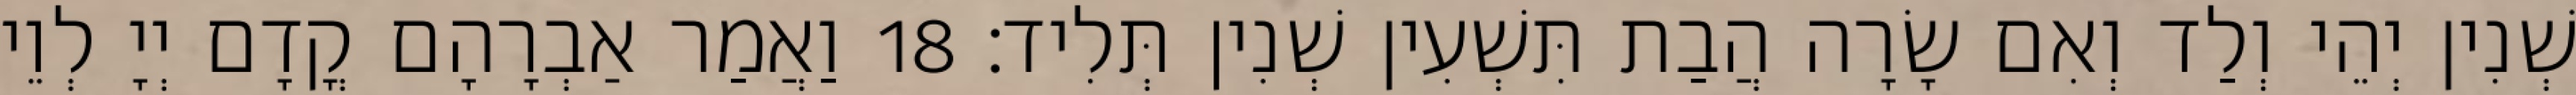
שְׁנִין יְהֵי וְלַד וְאִם שָׂרָה הֲבַת תִּשְׁעִין שְׁנִין תְּלִיד׃ 18 וַאֲמַר אַבְרָהָם קֳדָם יְיָ לְוֵי